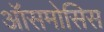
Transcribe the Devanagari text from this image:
ऑसमोसिस